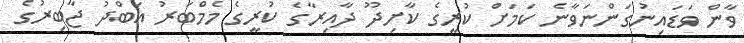
ވާން ވަޑައިނުގަންނަވާނެ ކަމަށް ކުރީގެ ކާށިދޫ ދާއިރާގެ ކުރީގެ މެމްބަރު އަބްދު ޖާބިރުގެ